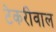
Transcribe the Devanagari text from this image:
टेकरीवाल